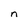
Character: n